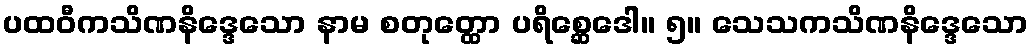
ပထဝီကသိဏနိဒ္ဒေသော နာမ စတုတ္ထော ပရိစ္ဆေဒေါ။ ၅။ သေသကသိဏနိဒ္ဒေသော